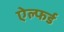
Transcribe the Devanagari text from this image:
ऐल्फर्ड